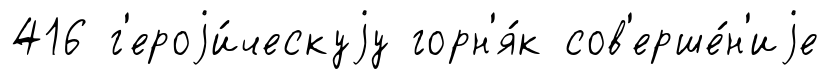
416 г'ероjи́ческуjу горн'я́к сов'ерше́н'иjе